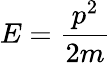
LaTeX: E={\frac{p^{2}}{2m}}